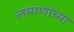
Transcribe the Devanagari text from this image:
लमाणांच्या